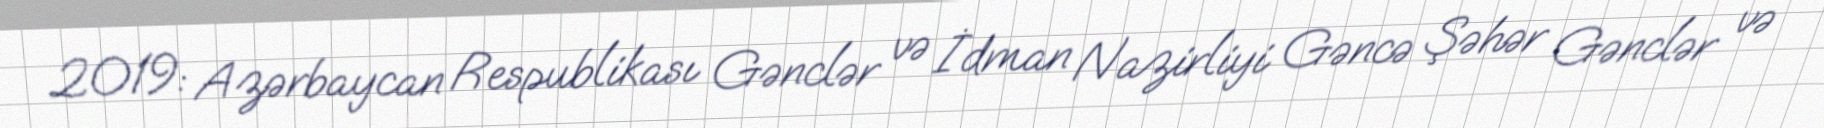
2019: Azərbaycan Respublikası Gənclər və İdman Nazirliyi Gəncə Şəhər Gənclər və